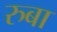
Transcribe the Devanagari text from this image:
रुबा